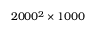
2 0 0 0 ^ { 2 } \times 1 0 0 0